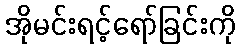
အိုမင်းရင့်ရော်ခြင်းကို